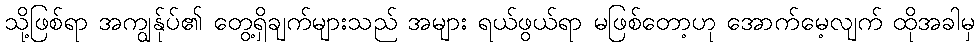
သို့ဖြစ်ရာ အကျွန်ုပ်၏ တွေ့ရှိချက်များသည် အများ ရယ်ဖွယ်ရာ မဖြစ်တော့ဟု အောက်မေ့လျက် ထိုအခါမှ